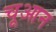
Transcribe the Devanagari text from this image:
चूआन